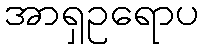
အာရှဥရောပ